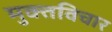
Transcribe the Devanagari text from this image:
मुक्तविचार